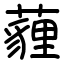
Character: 薶